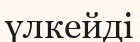
үлкейді